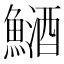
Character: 鿐